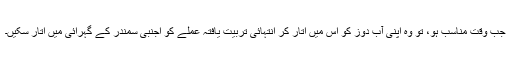
جب وقت مناسب ہو، تو وہ اپنی آب دوز کو اس میں اتار کر انتہائی تربیت یافتہ عملے کو اجنبی سمندر کے گہرائی میں اتار سکیں۔